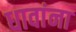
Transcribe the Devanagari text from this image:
धावांना